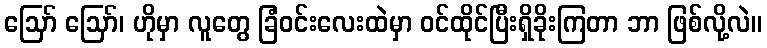
ဪ ဪ၊ ဟိုမှာ လူတွေ ခြံဝင်းလေးထဲမှာ ဝင်ထိုင်ပြီးရှိခိုးကြတာ ဘာ ဖြစ်လို့လဲ။